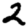
Digit: 2